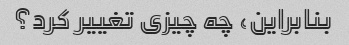
بنابراین، چه چیزی تغییر کرد؟